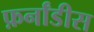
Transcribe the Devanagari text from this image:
फ़र्नांडीस